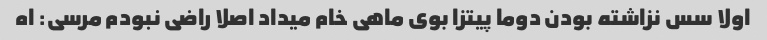
اولا سس نزاشته بودن دوما پیتزا بوی ماهی خام میداد اصلا راضی نبودم مرسی: اه